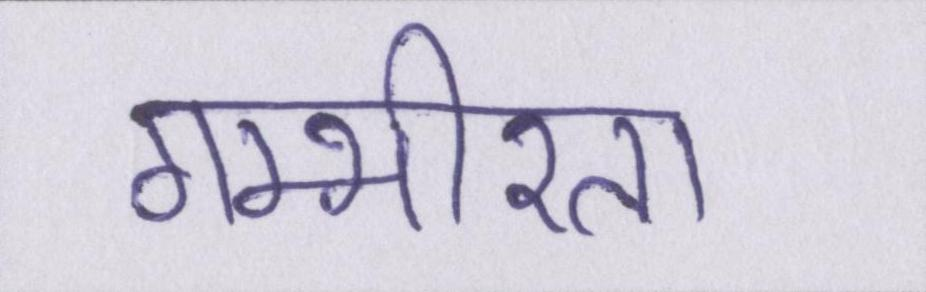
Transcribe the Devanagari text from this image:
गम्भीरता